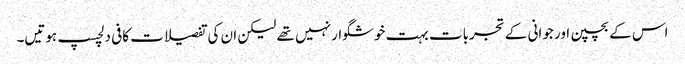
اس کے بچپن اور جوانی کے تجربات بہت خوشگوار نہیں تھے لیکن ان کی تفصیلات کافی دلچسپ ہوتیں۔